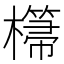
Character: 𣞂